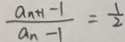
\frac { a _ { n + 1 } - 1 } { a _ { n - 1 } } = \frac { 1 } { 2 }